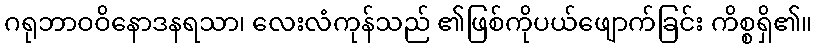
ဂရုဘာဝဝိနောဒနရသာ၊ လေးလံကုန်သည် ၏ဖြစ်ကိုပယ်ဖျောက်ခြင်း ကိစ္စရှိ၏။